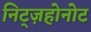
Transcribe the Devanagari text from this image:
निट्ज़होनोट